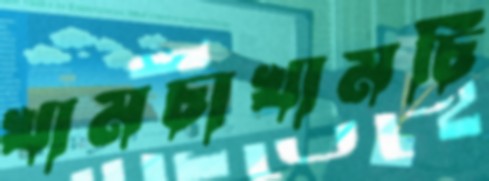
খামচাখামচি